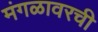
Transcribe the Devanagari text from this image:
मंगळावरची